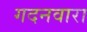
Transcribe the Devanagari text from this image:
गदनवारा